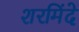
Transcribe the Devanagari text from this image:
शरमिंदे